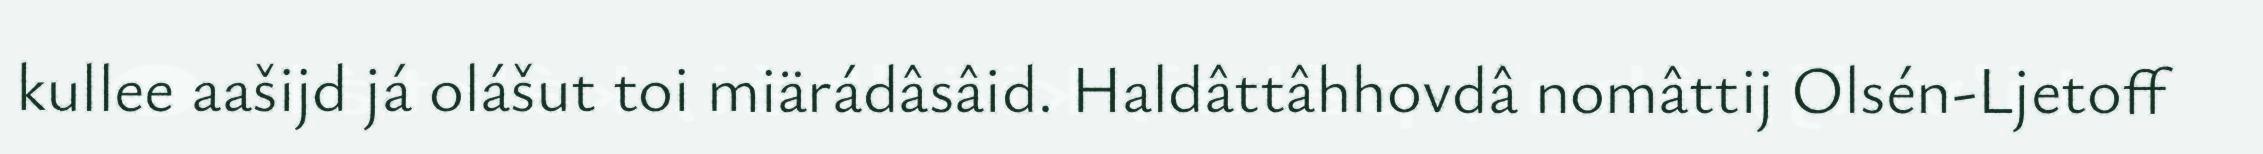
kullee aašijd já olášut toi miärádâsâid. Haldâttâhhovdâ nomâttij Olsén-Ljetoff